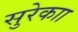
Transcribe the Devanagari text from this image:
सुरेकाा